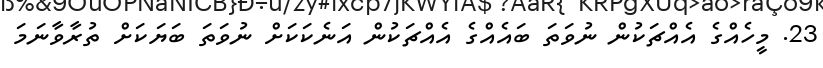
23. މީހެއްގެ އެއްޗަކުން ނުވަތަ ބައެއްގެ އެއްޗަކުން އަނެކަކަށް ނުވަތަ ބަޔަކަށް ތުރާވާނަމަ